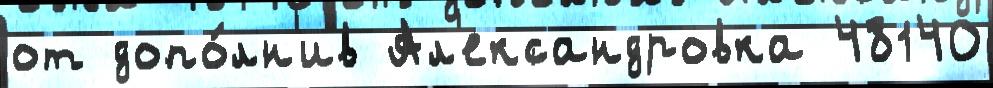
от допо́лн'ив Ал'ександровка 48140